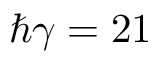
\hbar \gamma = 2 1